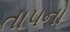
તાપનો